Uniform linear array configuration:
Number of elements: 4
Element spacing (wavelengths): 0.75
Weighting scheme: cosine
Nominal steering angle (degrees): -15
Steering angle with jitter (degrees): -13.32
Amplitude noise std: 0.05
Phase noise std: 0.05

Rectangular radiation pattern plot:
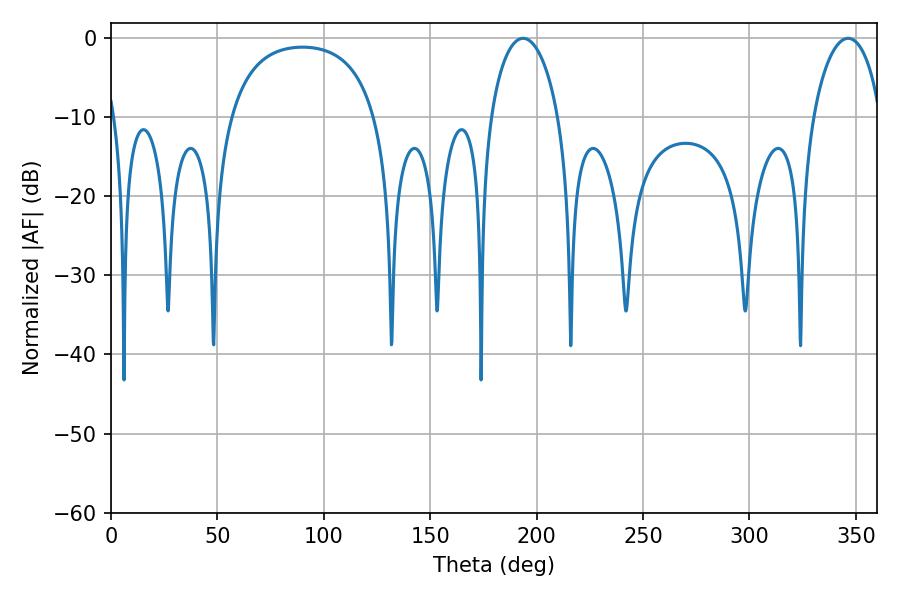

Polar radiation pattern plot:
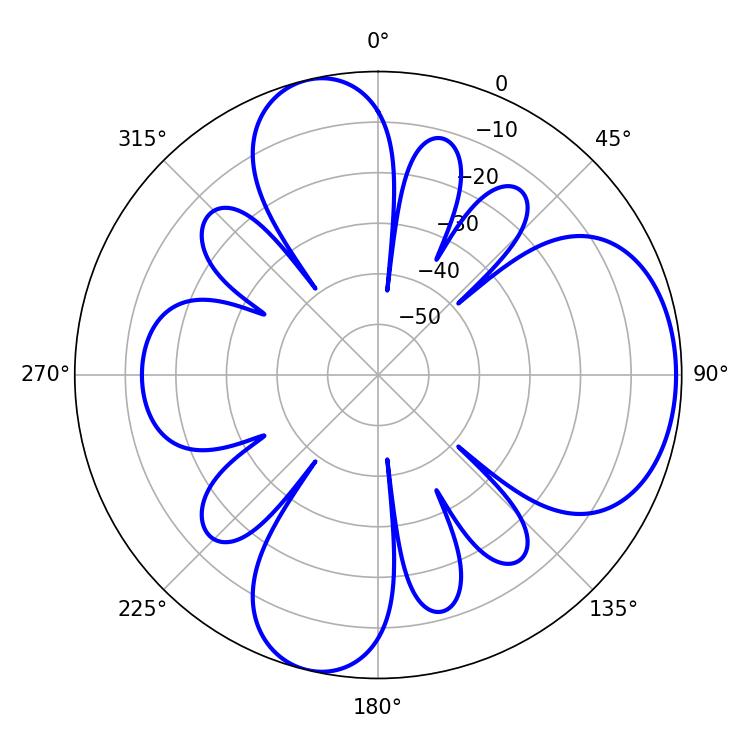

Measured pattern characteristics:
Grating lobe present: TRUE
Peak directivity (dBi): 6.827
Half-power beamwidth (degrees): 18.36
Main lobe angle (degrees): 193.68